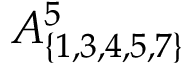
A _ { \{ 1 , 3 , 4 , 5 , 7 \} } ^ { 5 }